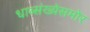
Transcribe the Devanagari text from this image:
धाव्संख्येसमोर